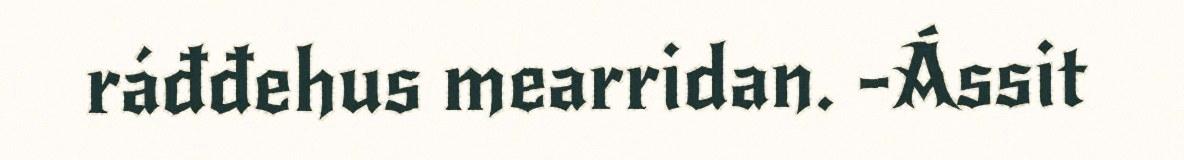
ráđđehus mearridan. -Ássit